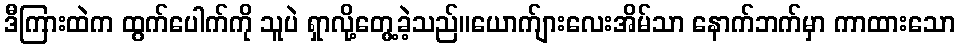
ဒီကြားထဲက ထွက်ပေါက်ကို သူပဲ ရှာလို့တွေ့ခဲ့သည်။ယောက်ျားလေးအိမ်သာ နောက်ဘက်မှာ ကာထားသော